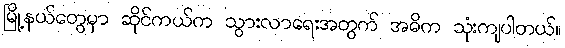
မြို့နယ်တွေမှာ ဆိုင်ကယ်က သွားလာရေးအတွက် အဓိက သုံးကျပါတယ်။